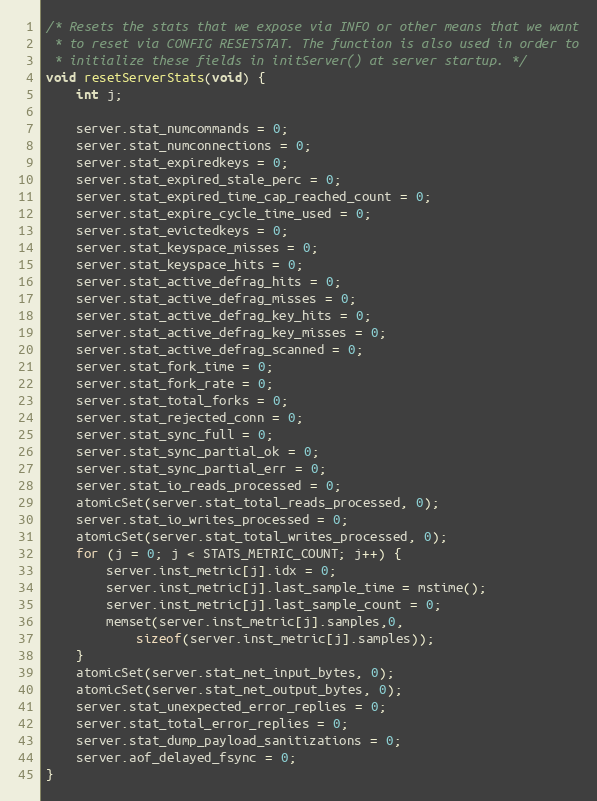
Language: C
/* Resets the stats that we expose via INFO or other means that we want
 * to reset via CONFIG RESETSTAT. The function is also used in order to
 * initialize these fields in initServer() at server startup. */
void resetServerStats(void) {
    int j;

    server.stat_numcommands = 0;
    server.stat_numconnections = 0;
    server.stat_expiredkeys = 0;
    server.stat_expired_stale_perc = 0;
    server.stat_expired_time_cap_reached_count = 0;
    server.stat_expire_cycle_time_used = 0;
    server.stat_evictedkeys = 0;
    server.stat_keyspace_misses = 0;
    server.stat_keyspace_hits = 0;
    server.stat_active_defrag_hits = 0;
    server.stat_active_defrag_misses = 0;
    server.stat_active_defrag_key_hits = 0;
    server.stat_active_defrag_key_misses = 0;
    server.stat_active_defrag_scanned = 0;
    server.stat_fork_time = 0;
    server.stat_fork_rate = 0;
    server.stat_total_forks = 0;
    server.stat_rejected_conn = 0;
    server.stat_sync_full = 0;
    server.stat_sync_partial_ok = 0;
    server.stat_sync_partial_err = 0;
    server.stat_io_reads_processed = 0;
    atomicSet(server.stat_total_reads_processed, 0);
    server.stat_io_writes_processed = 0;
    atomicSet(server.stat_total_writes_processed, 0);
    for (j = 0; j < STATS_METRIC_COUNT; j++) {
        server.inst_metric[j].idx = 0;
        server.inst_metric[j].last_sample_time = mstime();
        server.inst_metric[j].last_sample_count = 0;
        memset(server.inst_metric[j].samples,0,
            sizeof(server.inst_metric[j].samples));
    }
    atomicSet(server.stat_net_input_bytes, 0);
    atomicSet(server.stat_net_output_bytes, 0);
    server.stat_unexpected_error_replies = 0;
    server.stat_total_error_replies = 0;
    server.stat_dump_payload_sanitizations = 0;
    server.aof_delayed_fsync = 0;
}